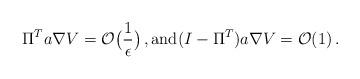
LaTeX: \begin{align*} \Pi^Ta\nabla V = \mathcal{O}\big(\frac{1}{\epsilon}\big)\,, \mbox{and} (I-\Pi^T)a\nabla V= \mathcal{O}(1)\,. \end{align*}